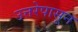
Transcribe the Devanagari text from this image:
उत्तरेपासून